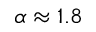
\alpha \approx 1 . 8